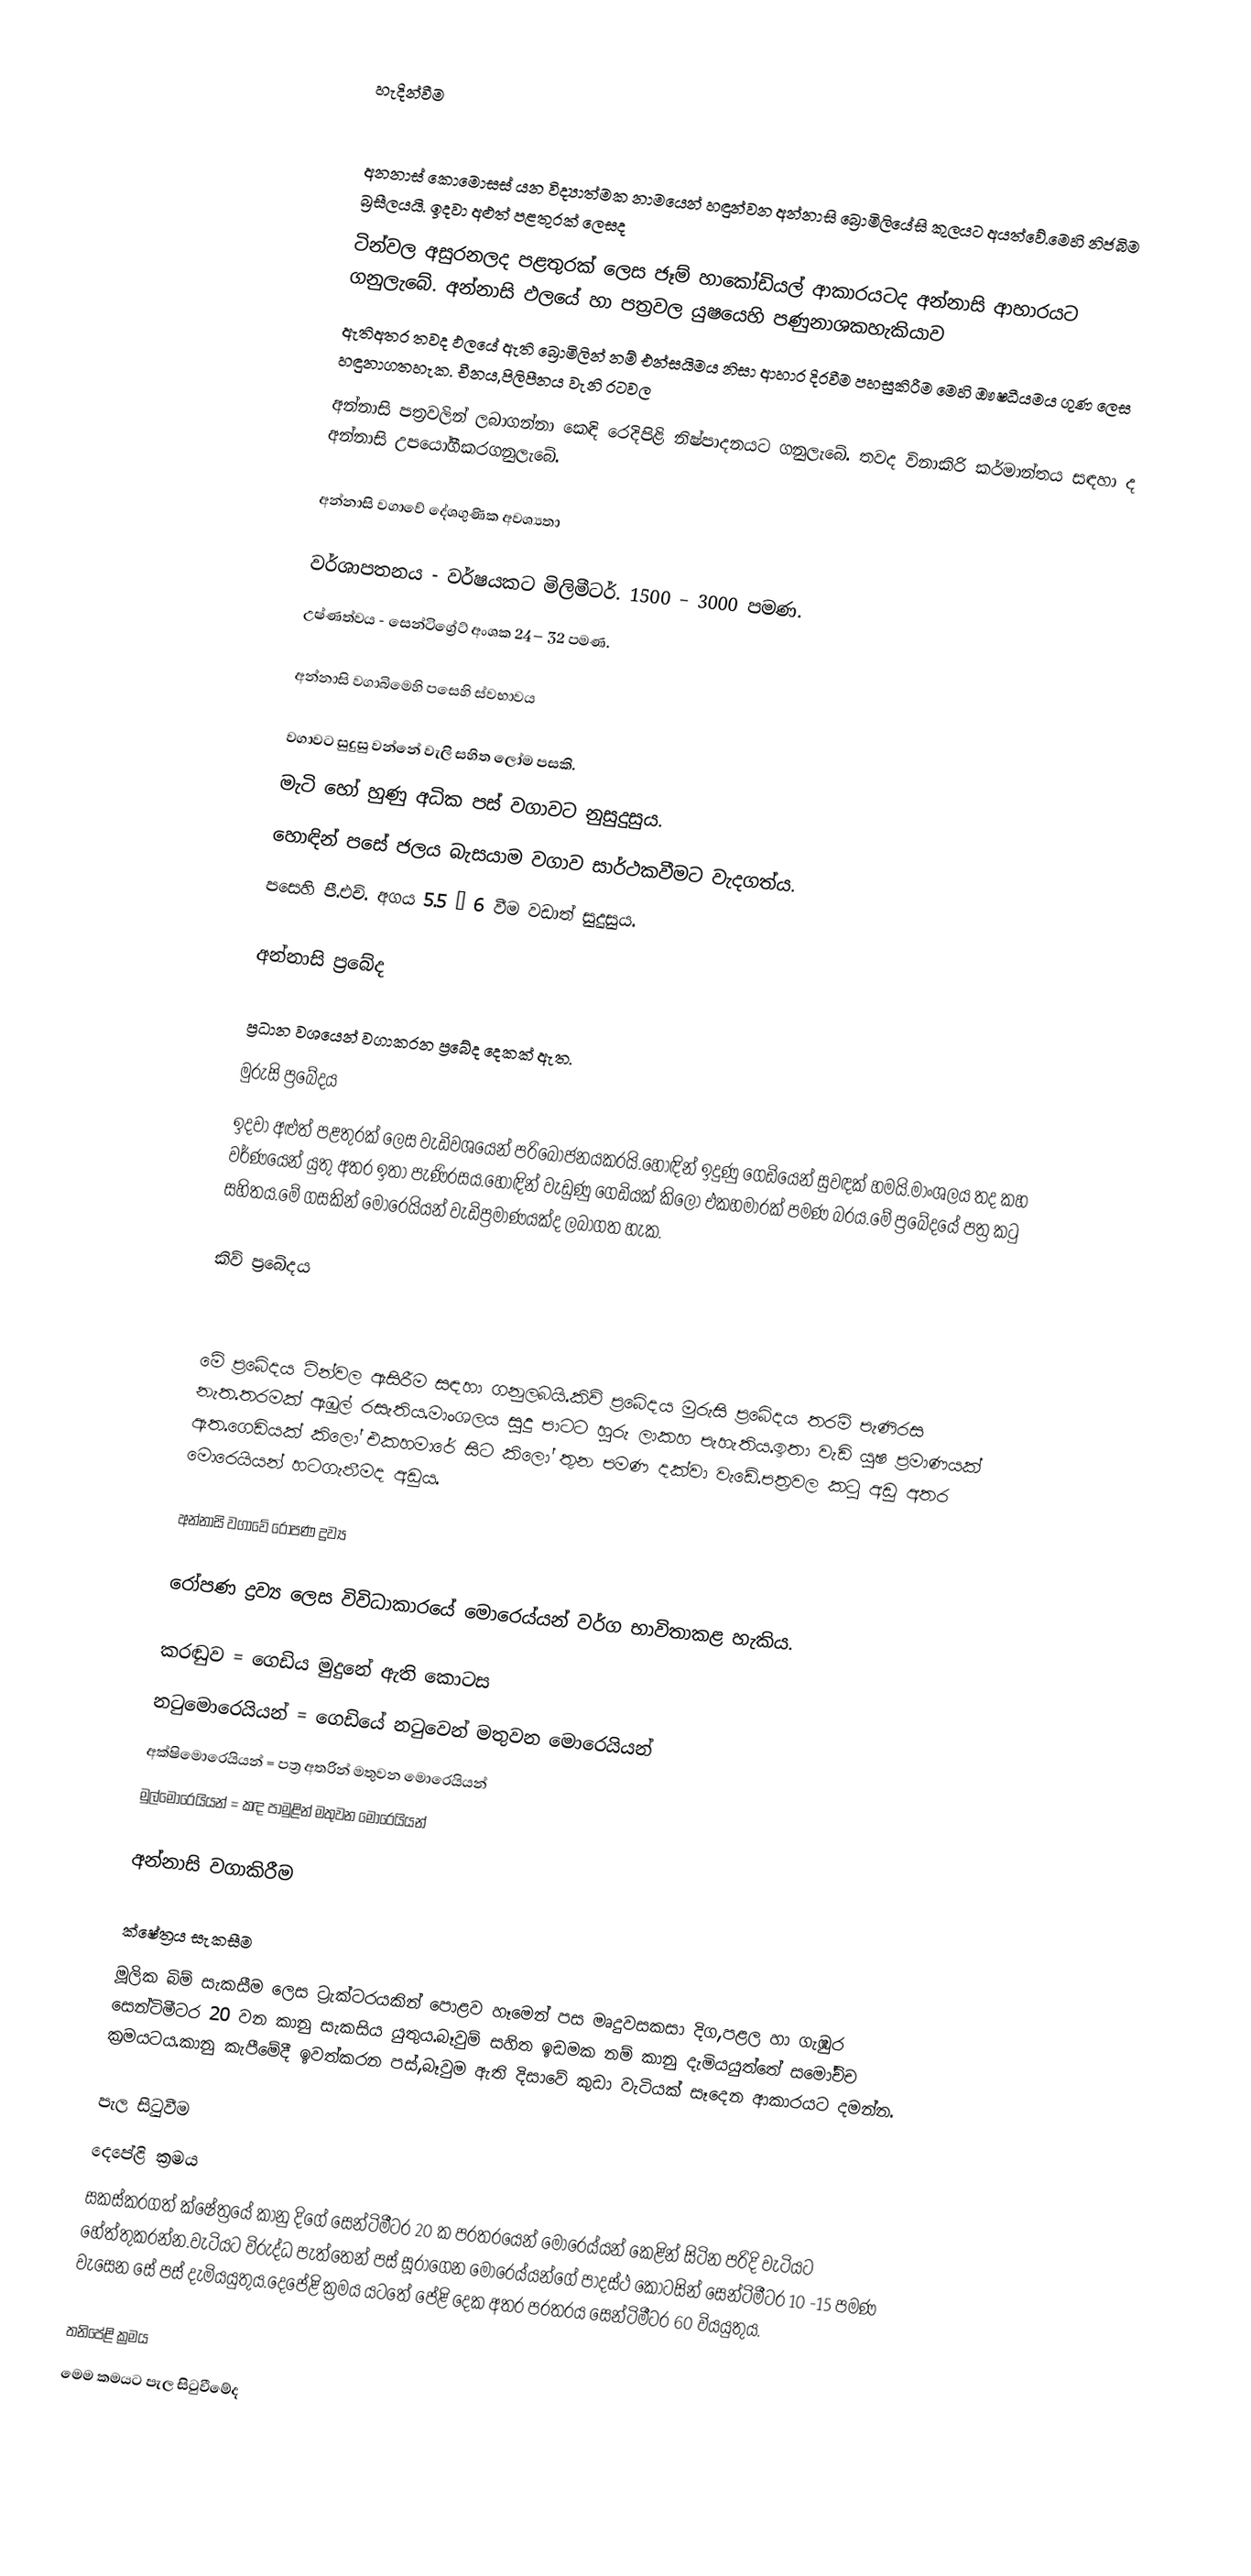

හැදින්වීම

අනනාස් කොමොසස් යන විද්‍යාත්මක නාමයෙන් හඳුන්වන අන්නාසි බ්‍රොමිලියේසි කුලයට අයත්වේ.මෙහි නිජබිම බ්‍රසීලයයි. ඉදවා අළුත් පළතුරක් ලෙසද
ටින්වල අසුරනලද පළතුරක් ලෙස ජෑම් හාකෝඩියල් ආකාරයටද අන්නාසි ආහාරයට ගනුලැබේ. අන්නාසි ඵලයේ හා පත්‍රවල යුෂයෙහි පණුනාශකහැකියාව
ඇතිඅතර තවද ඵලයේ ඇති බ්‍රොමිලින් නම් එන්සයිමය නිසා ආහාර දිරවීම පහසුකිරීම මෙහි ඖෂධීයමය ගුණ ලෙස හඳුනාගතහැක. චීනය,පිලිපීනය වැනි රටවල
අන්නාසි පත්‍රවලින් ලබාගන්නා කෙඳි රෙදිපිළි නිෂ්පාදනයට ගනුලැබේ. තවද විනාකිරි කර්මාන්තය සඳහා ද අන්නාසි උපයෝගීකරගනුලැබේ.

අන්නාසි වගාවේ දේශගුණික අවශ්‍යතා

 වර්ශාපතනය - වර්ෂයකට මිලිමීටර්. 1500 – 3000 පමණ.
 උෂ්ණත්වය  - සෙන්ටිග්‍රේට් අංශක  24– 32 පමණ.

අන්නාසි වගාබිමෙහි පසෙහි ස්වභාවය

වගාවට සුදුසු වන්නේ වැලි සහිත ලෝම පසකි.
මැටි හෝ හුණු අධික පස් වගාවට නුසුදුසුය.
හොඳින් පසේ ජලය බැසයාම වගාව සාර්ථකවීමට වැදගත්ය.
පසෙහි පී.එච්. අගය 5.5 – 6 වීම වඩාත් සුදුසුය.

අන්නාසි ප්‍රබේද

ප්‍රධාන ව‍ශයෙන් වගාකරන ප්‍රබේද දෙකක් ඇත.
 මුරුසි ප්‍රබේදය
ඉදවා අළුත් පළතුරක් ලෙස වැඩිවශයෙන් පරිබෝජනයකරයි.හොඳින් ඉදුණු ගෙඩියෙන් සුවඳක් හමයි.මාංශලය තද කහ වර්ණයෙන් යුතු අතර ඉතා පැණිරසය.හොඳින් වැඩුණු ගෙඩියක් කිලෝ එකහමාරක් පමණ බරය.මේ ප්‍රබේදයේ පත්‍ර කටු සහිතය.මේ ගසකින් මොරෙයියන් වැඩිප්‍රමාණයක්ද ලබාගත හැක.

 කිව් ප්‍රබේදය

මේ ප්‍රබේදය ටින්වල ඇසිරීම සඳහා ගනුලබයි.කිව් ප්‍රබේදය මුරුසි ප්‍රබේදය තරම් පැණිරස නැත.තරමක් ඇඹුල් රසැතිය.මාංශලය සුදු පාටට හුරු ලාකහ පැහැතිය.ඉතා වැඩි යුෂ ප්‍රමාණයක් ඇත.ගෙඩියක් කිලෝ එකහමාරේ සිට කිලෝ තුන පමණ දක්වා වැඩේ.පත්‍රවල කටු අඩු අතර මොරෙයියන් හටගැනීමද අඩුය.

අන්නාසි වගාවේ රෝපණ ද්‍රව්‍ය

රෝපණ ද්‍රව්‍ය ලෙස විවිධාකාරයේ මොරෙය්යන් වර්ග භාවිතාකළ හැකිය.

 කරඬුව                           = ගෙඩිය මුදුනේ ඇති කොටස
 නටුමොරෙයියන්           = ගෙඩියේ නටුවෙන් මතුවන මොරෙයියන්
 අක්ෂිමොරෙයියන්        = පත්‍ර අතරින් මතුවන මොරෙයියන්
 මුල්මොරෙයියන්          =  කඳ පාමුළින් මතුවන මොරෙයියන්

අන්නාසි වගාකිරීම

ක්ෂේත්‍රය සැකසීම
මූලික බිම් සැකසීම ලෙස ට්‍රැක්ටරයකින් පොළව හෑමෙන් පස මෘදුවසකසා දිග,පළල හා ගැඹුර සෙන්ටිමීටර 20 වන කානු සැකසිය යුතුය.බෑවුම් සහිත ඉඩමක නම් කානු දැමියයුත්තේ සමෝච්ච ක්‍රමයටය.කානු කැපීමේදී ඉවත්කරන පස්,බෑවුම ඇති දිසාවේ කුඩා වැටියක් සෑදෙන ආකාරයට දමන්න.

පැල සිටුවීම
 දෙපේළි ක්‍රමය
සකස්කරගත් ක්ෂේත්‍රයේ කානු දිගේ සෙන්ටිමීටර 20 ක පරතරයෙන් මොරෙය්යන් කෙළින් සිටින පරිදි වැටියට හේත්තුකරන්න.වැටියට විරුද්ධ පැත්තෙන් පස් සූරාගෙන මොරෙය්යන්ගේ පාදස්ථ කොටසින් සෙන්ටිමීටර 10 -15 පමණ වැසෙන සේ පස් දැමියයුතුය.දෙපේළි ක්‍රමය යටතේ පේළි දෙක අතර  පරතරය සෙන්ටිමීටර 60 වියයුතුය.

 තනිපේළි ක්‍රමය
මෙම කමයට පැල සිටුවීමේද